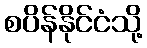
စပိန်နိုင်ငံသို့